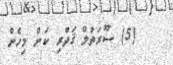
(5) ސޫރަތުލް ޤަދްރި ކަން މިހެން